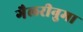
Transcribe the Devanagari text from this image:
गैलरीनुमा